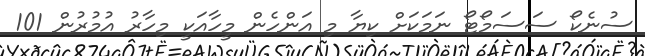
ސުނެކޯ ސަސަމޯޓޯ ނަމަކަށް ކިޔާ މި އަންހެން މީހާއަކީ މިހާރު އުމުރުން 101